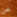
نحن